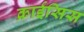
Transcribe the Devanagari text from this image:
क्राईसिस